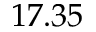
1 7 . 3 5